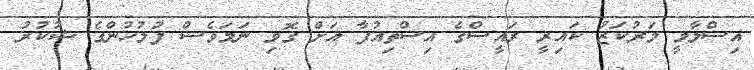
އިސްލާމީ މަރުކަޒު ކައިރީ ރައީސްގެ އިސްތިއުފާ އަށް ގޮވި ނަމަވެސް ފުލުހުންގެ ޝުކުރު